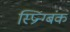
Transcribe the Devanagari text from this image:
स्प्रिन्ग्बंक